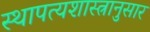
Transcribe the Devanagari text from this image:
स्थापत्यशास्त्रानुसार